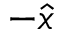
- \hat { x }